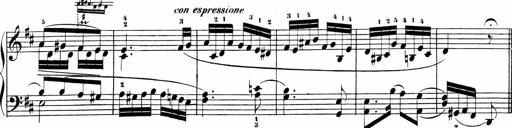
Title: Sonatinas
Composer: Andrew Violette